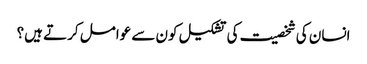
انسان کی شخصیت کی تشکیل کون سے عوامل کرتے ہیں؟